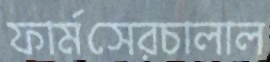
ফার্মসেরচালাল